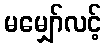
မမျှော်လင့်